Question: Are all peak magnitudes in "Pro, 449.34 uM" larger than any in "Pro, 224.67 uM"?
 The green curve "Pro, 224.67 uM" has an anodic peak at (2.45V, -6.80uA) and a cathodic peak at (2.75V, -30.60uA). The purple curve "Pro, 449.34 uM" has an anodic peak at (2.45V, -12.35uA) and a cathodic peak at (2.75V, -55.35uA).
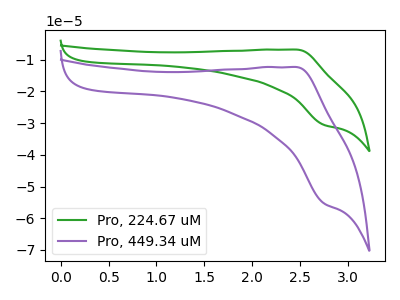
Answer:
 <answer>The peaks in "Pro, 449.34 uM" are neither all higher or all lower than the peaks in "Pro, 224.67 uM".</answer>
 <eval>mixed</eval>